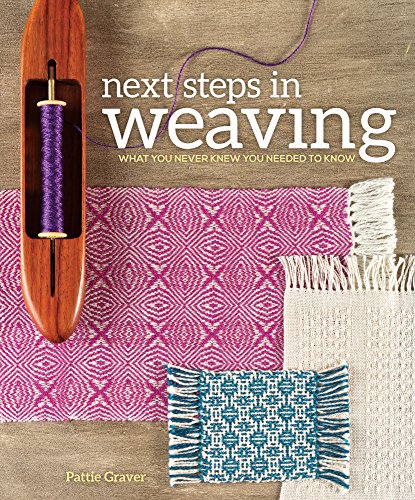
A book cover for Next Steps In Weaving: What You Never Knew You Needed to Know; Pattie Graver; Crafts, Hobbies & Home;